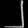
Digit: ၂